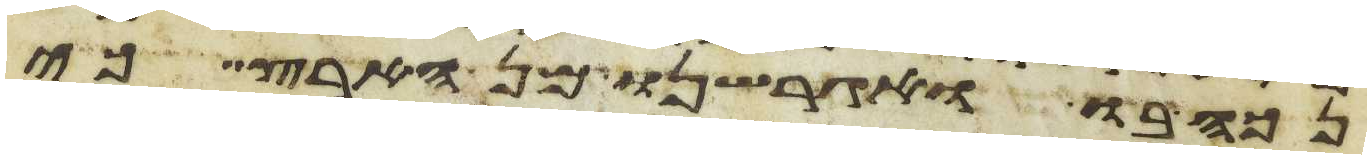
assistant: נכה בו ואגרשנו מן הארץ כי